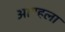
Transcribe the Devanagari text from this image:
आण्हला